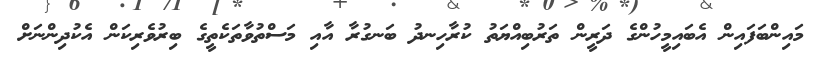
މައިންބަފައިން އެބައިމީހުންގެ ދަރީން ތަރުބިއްޔަތު ކުރާހިނދު ބަނގުރާ އާއި މަސްތުވާތަކެތީގެ ބިރުވެރިކަން އެކުދިންނަށް